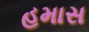
હમાસ